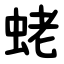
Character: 蛯